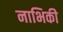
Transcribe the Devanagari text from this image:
नाभिकी